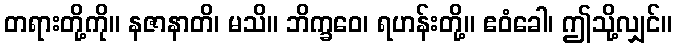
တရားတို့ကို။ နဇာနာတိ၊ မသိ။ ဘိက္ခဝေ၊ ရဟန်းတို့။ ဧဝံခေါ၊ ဤသို့လျှင်။